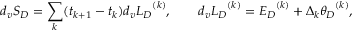
d _ { v } S _ { D } = \sum _ { k } ( t _ { k + 1 } - t _ { k } ) d _ { v } { L _ { D } } ^ { ( k ) } , \qquad d _ { v } { L _ { D } } ^ { ( k ) } = { { \cal E } _ { D } } ^ { ( k ) } + \Delta _ { k } { \theta _ { D } } ^ { ( k ) } ,